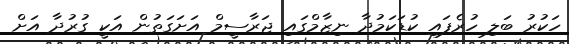
ހަކުރު ބަލި ހުރެފައި ކުޑަކަމުދާ ނިޒާމްގައި ޖަރާސީމް އަށަގަތުން އަކީ ގުރުދާ އަށް